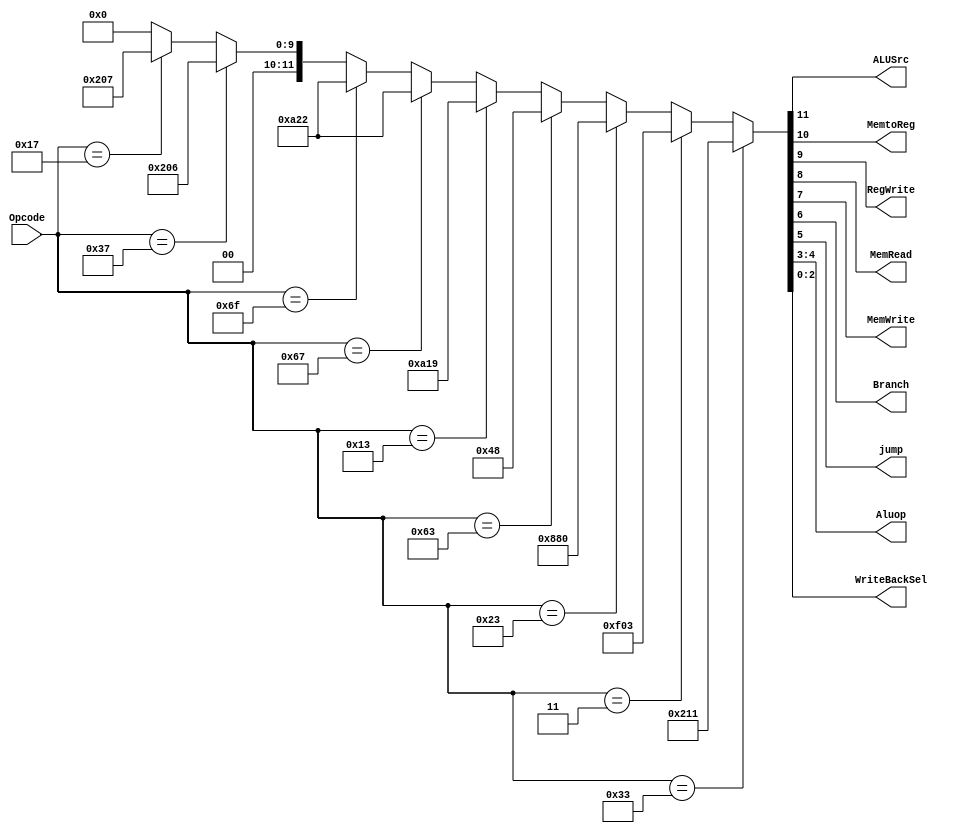
module control(
    input [6:0] Opcode,
    output ALUSrc,
    output MemtoReg,
    output RegWrite,
    output MemRead,
    output MemWrite,
    output Branch,
    output jump,
    output [1:0] Aluop,
    output [2:0] WriteBackSel
);


// WriteBackSel解释： 000 不写入 001写入的值来自ALU 011写入值来自内存 010写入值PC+4 110写入值来自imm 111写入值来自imm+PC
// 编码方式采用格雷码
// 组合逻辑实现控制信号
assign {ALUSrc, MemtoReg, RegWrite, MemRead, MemWrite, Branch, jump, Aluop,WriteBackSel} =
    (Opcode == 7'b0110011) ? 12'b0010000_10_001 :  // R-type
    (Opcode == 7'b0000011) ? 12'b1111000_00_011 :  // lw-type
    (Opcode == 7'b0100011) ? 12'b1000100_00_000:  // s-type
    (Opcode == 7'b1100011) ? 12'b0000010_01_000 :  // sb-type
    (Opcode == 7'b0010011) ? 12'b1010000_11_001 :  // I-type
    (Opcode == 7'b1100111) ? 12'b1010001_00_010 :  // jalr-type
    (Opcode == 7'b1101111) ? 12'b1010001_00_010 :  // jal-type
    (Opcode == 7'b0110111) ? 12'b0010000_00_110 :  // lui-type
    (Opcode == 7'b0010111) ? 12'b0010000_00_111 :  // auipc
    12'b00000000000;  // 默认值

endmodule